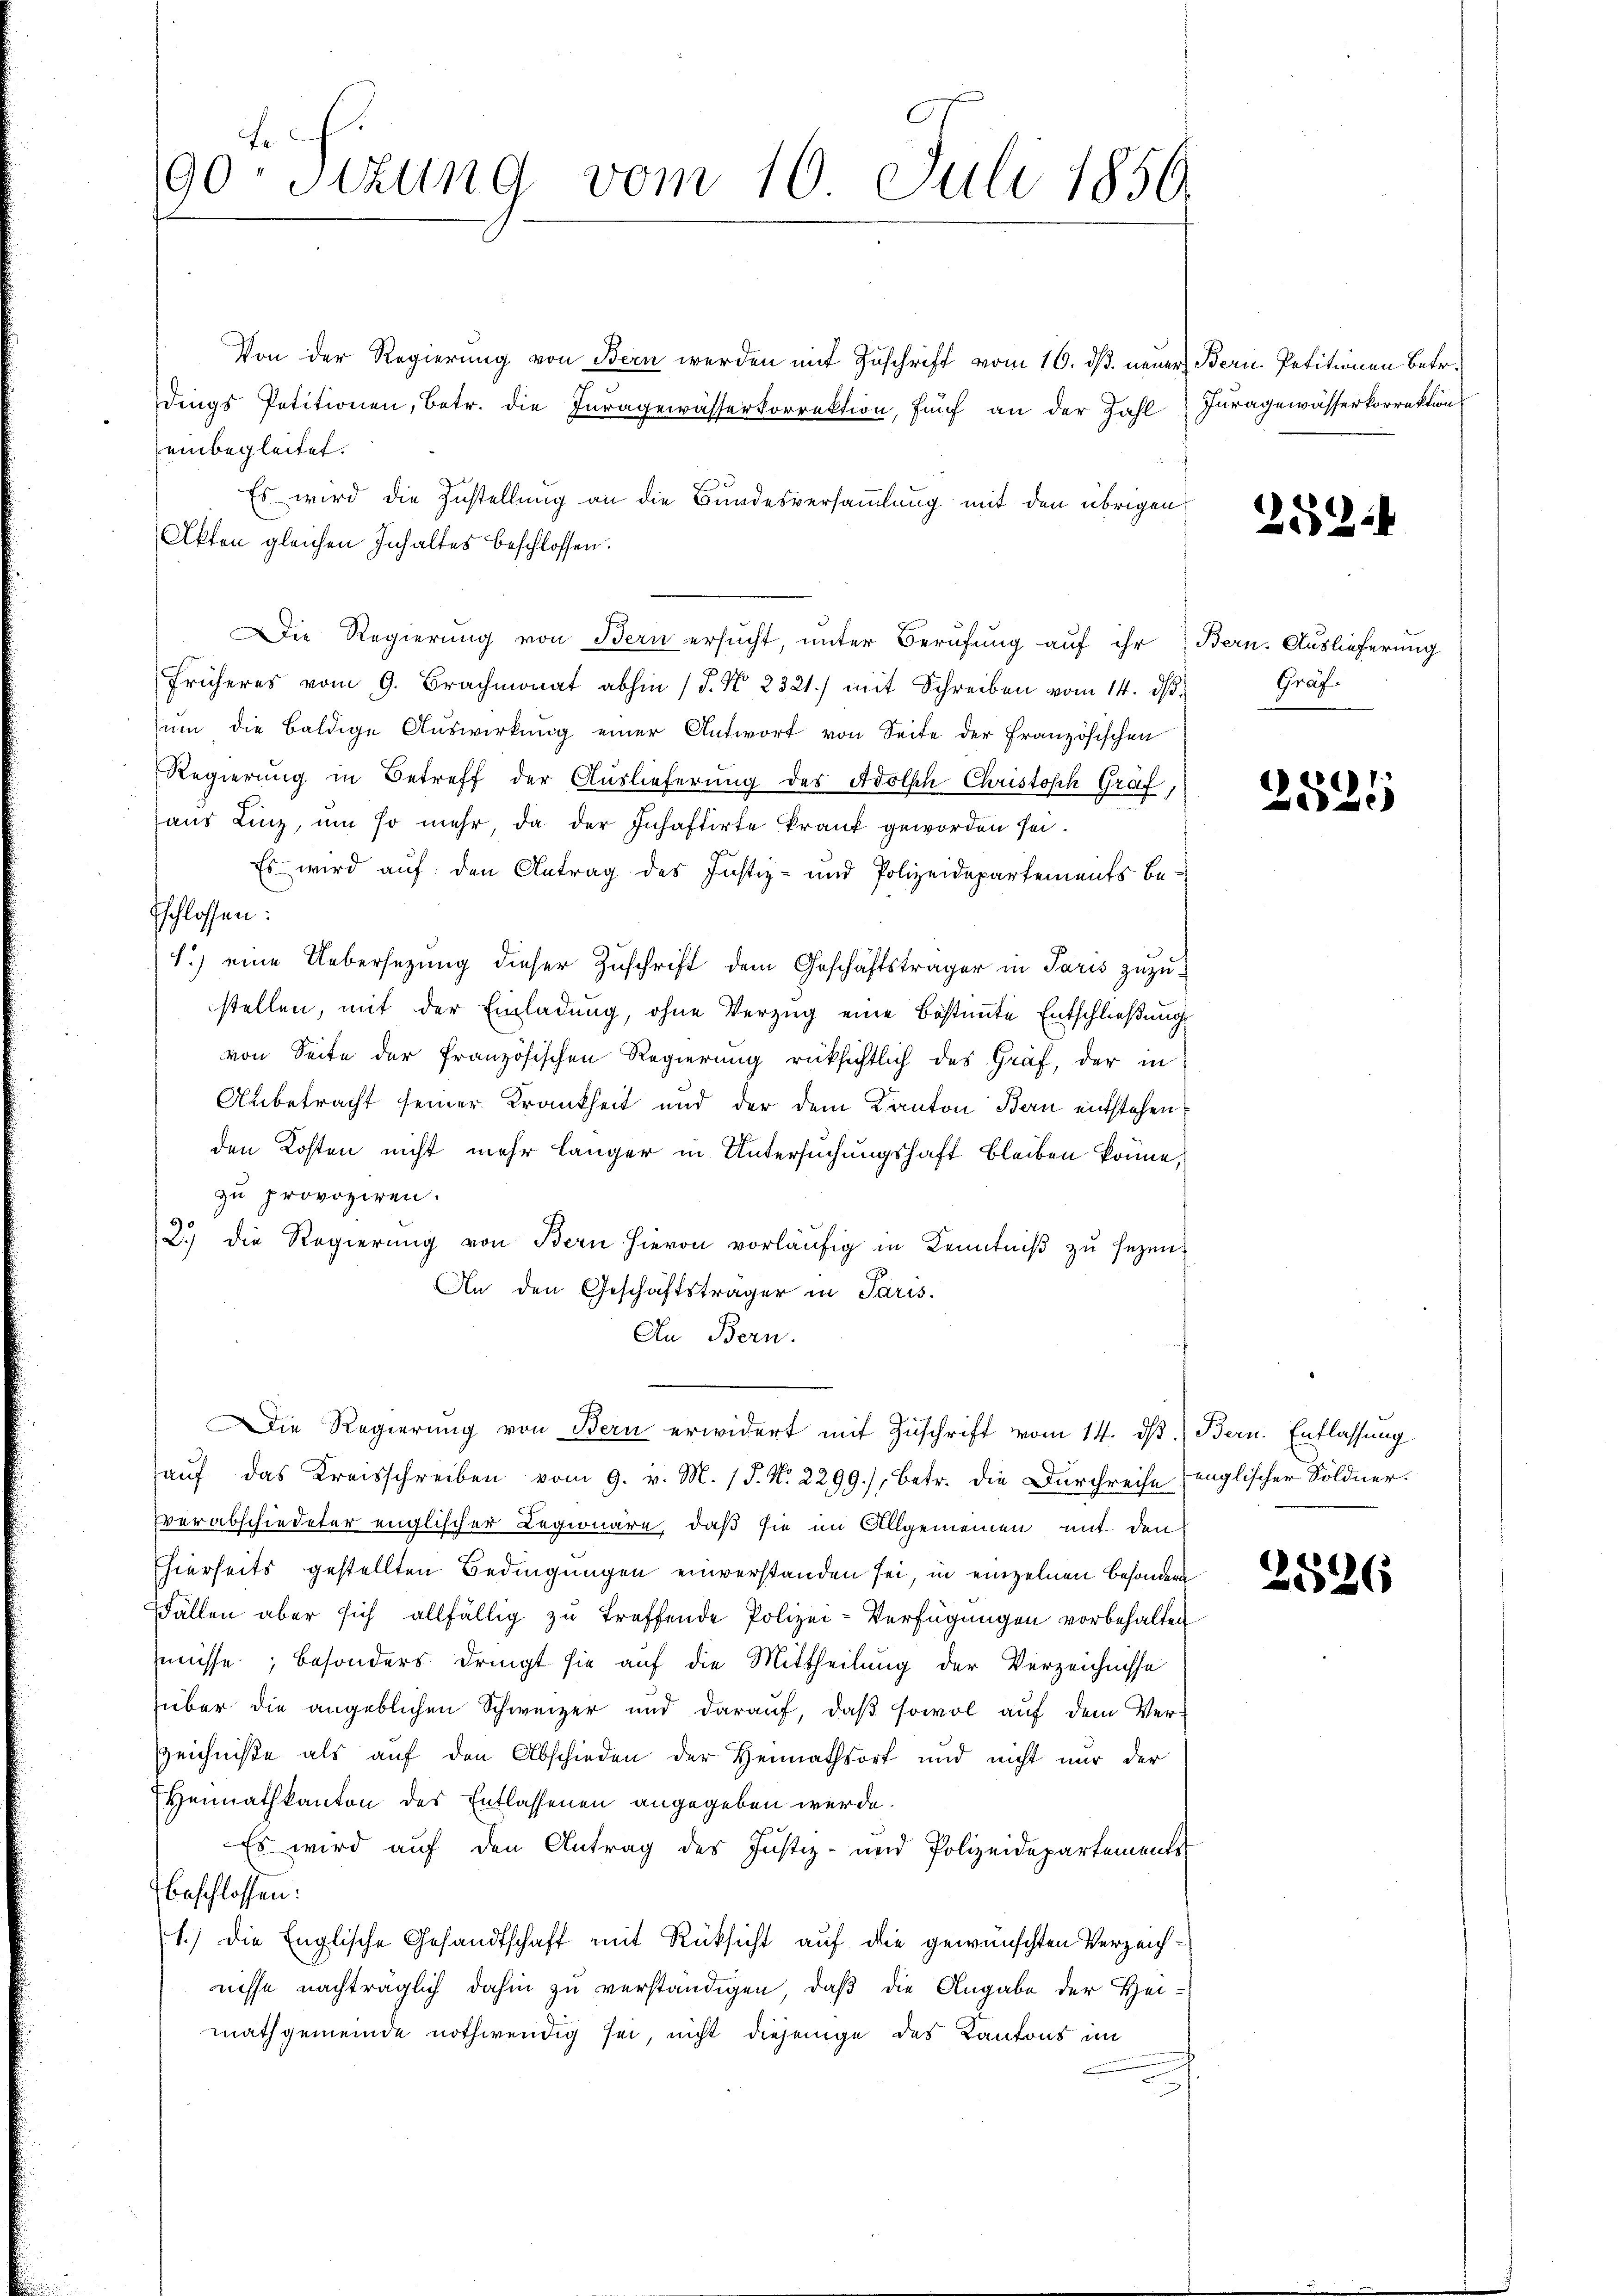
fe
90 Sitzung vom 10. Juli 1850.

Von der Regierung von Bern werden mit Zuschrift vom 16. dß. neuer Bern. Petitionen betr.
dings Petitionen, Betr. die Juragewässerkorrektion, fünf an der Zahl
einbegleitet.
Es wird die Zustellung an die Bundesversammlung mit den übrigen
Akten gleichen Inhaltes beschlossen.
Die Regierung von Bern ersucht, unter Berufung auf ihr Bern. Auslieferung
früheres vom 9. Brachmonat abhin (S. Nr. 2321.) mit Schreiben vom 14. dβ.
ŭm die baldige Auswirkung einer Antwort von Seite der Französischen
Regierung in Betreff der Auslieferung des Adolsch Christoph Graf,
aus Linz, um so mehr, da der Inhaftirte krank geworden sei.
Es wird auf den Antrag des Justiz- und Polizeidepartements besschlossen:
1.) eine Uebersezung dieser Zuschrift dem Geschäftsträger in Paris zuzustellen, mit der Einladung, ohne Verzug eine Bestimmte Entschließung
von Seite der französischen Regierung rüksichtlich des Graf, der in
Anbetracht seiner Krankheit und der dem Kanton Bern entstehen
den Kosten nicht mehr länger in Untersuchungshaft bleiben könne,
zu provoziren.
2.) die Regierŭng von Bern hievon vorläŭfig in Kenntniβ zŭ sezen.
An den Geschäftsträger in Paris.
An Bern.
Die Regierung von Bern erwidert mit Zuschrift vom 14. d.) Bern. Entlassung
aŭf das Kreisschreiben vom 9. v. M. / P. Nr. 2299), betr. die Durchreise englischer Söldner.
Everabschiedeter englischer Legionäre, daß sie im Allgemeinen mit den
Ehierseits gestellten Bedingungen einverstanden sei, in einzelnen besondern
Fällen aber sich allfällig zu treffende Polizei-Verfügungen vorbehalten.
müsse, besonders dringt sie auf die Mittheilung der Verzeichnisse
über die angeblichen Schweizer und darauf, daß sowol auf dem Ver¬
Zeichniße als auf den Abschieden der Heimathsort und nicht nur der
Hennathkanton des Entlassenen angegeben würde.
Es wird auf den Antrag des Justiz- und Polizeidepartements
beschlossen:
1.) Die Englische Gesandtschaft mit Rüksicht auf die gewünschten Verzeichnisse nachträglich dahin zu verständigen, daß die Angabe der Hei-
mathgemeinde nothwendig sei, nicht diejenige des Kantons im

Juragewässerkorrektion

252.

Graf.

)
525

2526